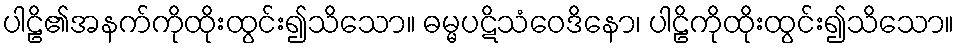
ပါဠိ၏အနက်ကိုထိုးထွင်း၍သိသော။ ဓမ္မပဋိသံဝေဒိနော၊ ပါဠိကိုထိုးထွင်း၍သိသော။